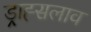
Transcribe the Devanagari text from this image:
ड्राह्सलाव